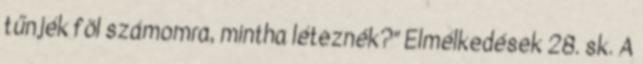
tűnjék föl számomra, mintha léteznék?” Elmélkedések 28. sk. A